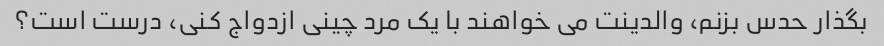
بگذار حدس بزنم، والدینت می خواهند با یک مرد چینی ازدواج کنی، درست است؟